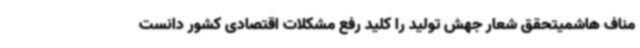
مناف هاشمیتحقق شعار جهش تولید را کلید رفع مشکلات اقتصادی کشور دانست